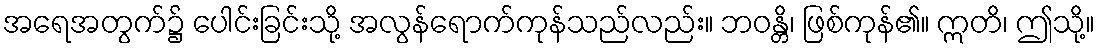
အရေအတွက်၌ ပေါင်းခြင်းသို့ အလွန်ရောက်ကုန်သည်လည်း။ ဘဝန္တိ၊ ဖြစ်ကုန်၏။ ဣတိ၊ ဤသို့။